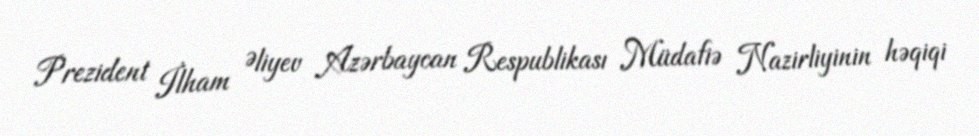
Prezident İlham Əliyev Azərbaycan Respublikası Müdafiə Nazirliyinin həqiqi